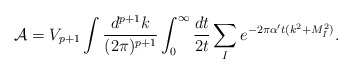
\begin{align*}{\cal A} = V_{p+1}\int \frac{d^{p+1}k}{(2\pi)^{p+1}}\int_0^\infty {dt\over 2t} \sum_{I} e^{-2\pi {\alpha^\prime} t (k^2 + M_I^2)} .\end{align*}